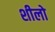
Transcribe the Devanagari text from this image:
शीलो